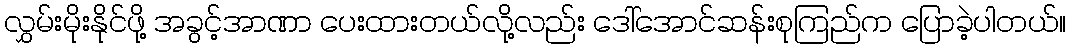
လွှမ်းမိုးနိုင်ဖို့ အခွင့်အာဏာ ပေးထားတယ်လို့လည်း ဒေါ်အောင်ဆန်းစုကြည်က ပြောခဲ့ပါတယ်။